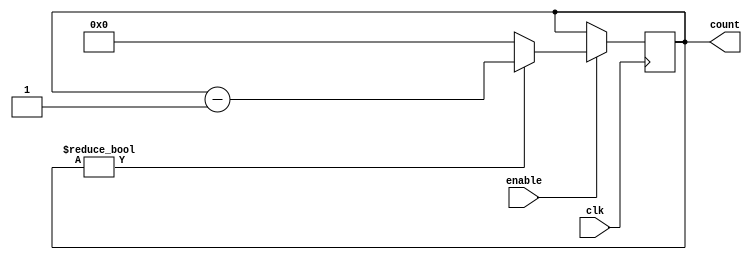
module BinaryDownCounter(
  input clk,
  input enable,
  output reg [WIDTH-1:0] count
);

parameter WIDTH = 8;
reg [WIDTH-1:0] next_count;

always @ (posedge clk) begin
  if (enable) begin
    if (count != 0) begin
      next_count <= count - 1;
    end else begin
      next_count <= WIDTH'b0;
    end
  end else begin
    next_count <= count;
  end
end

always @* begin
  count <= next_count;
end

endmodule